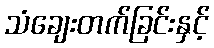
သံချေးတက်ခြင်းနှင့်